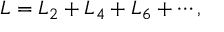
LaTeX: { \cal L } = { \cal L } _ { 2 } + { \cal L } _ { 4 } + { \cal L } _ { 6 } + \cdots ,